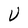
Character: V